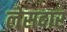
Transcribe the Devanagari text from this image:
लेसदार